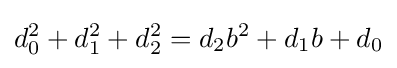
d_{0}^{2}+d_{1}^{2}+d_{2}^{2}=d_{2}b^{2}+d_{1}b+d_{0}